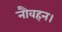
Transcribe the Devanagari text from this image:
नौवहन।